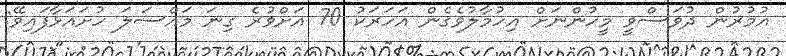
އުމުރުން ދުވަސްވީ މީހުންނަށް އިހުމާލުވެގެން އަހަރަކު 70 އަށްވުރެ ގިނަ މައްސަލަ ހުށައަޅާފައިވޭ: